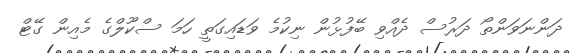
ދަންނަވަންތޯ ދަރުސް ދެއްވި ބޭފުޅުން ނިކުމެ ވަޑައިގަތީ ހަމަ ސްކޫލްގެ މެއިން ގޭޓް